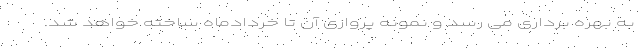
به بهره برداری می رسد و نمونه پروازی آن تا خردادماه ساخته خواهد شد.